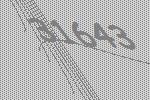
31643